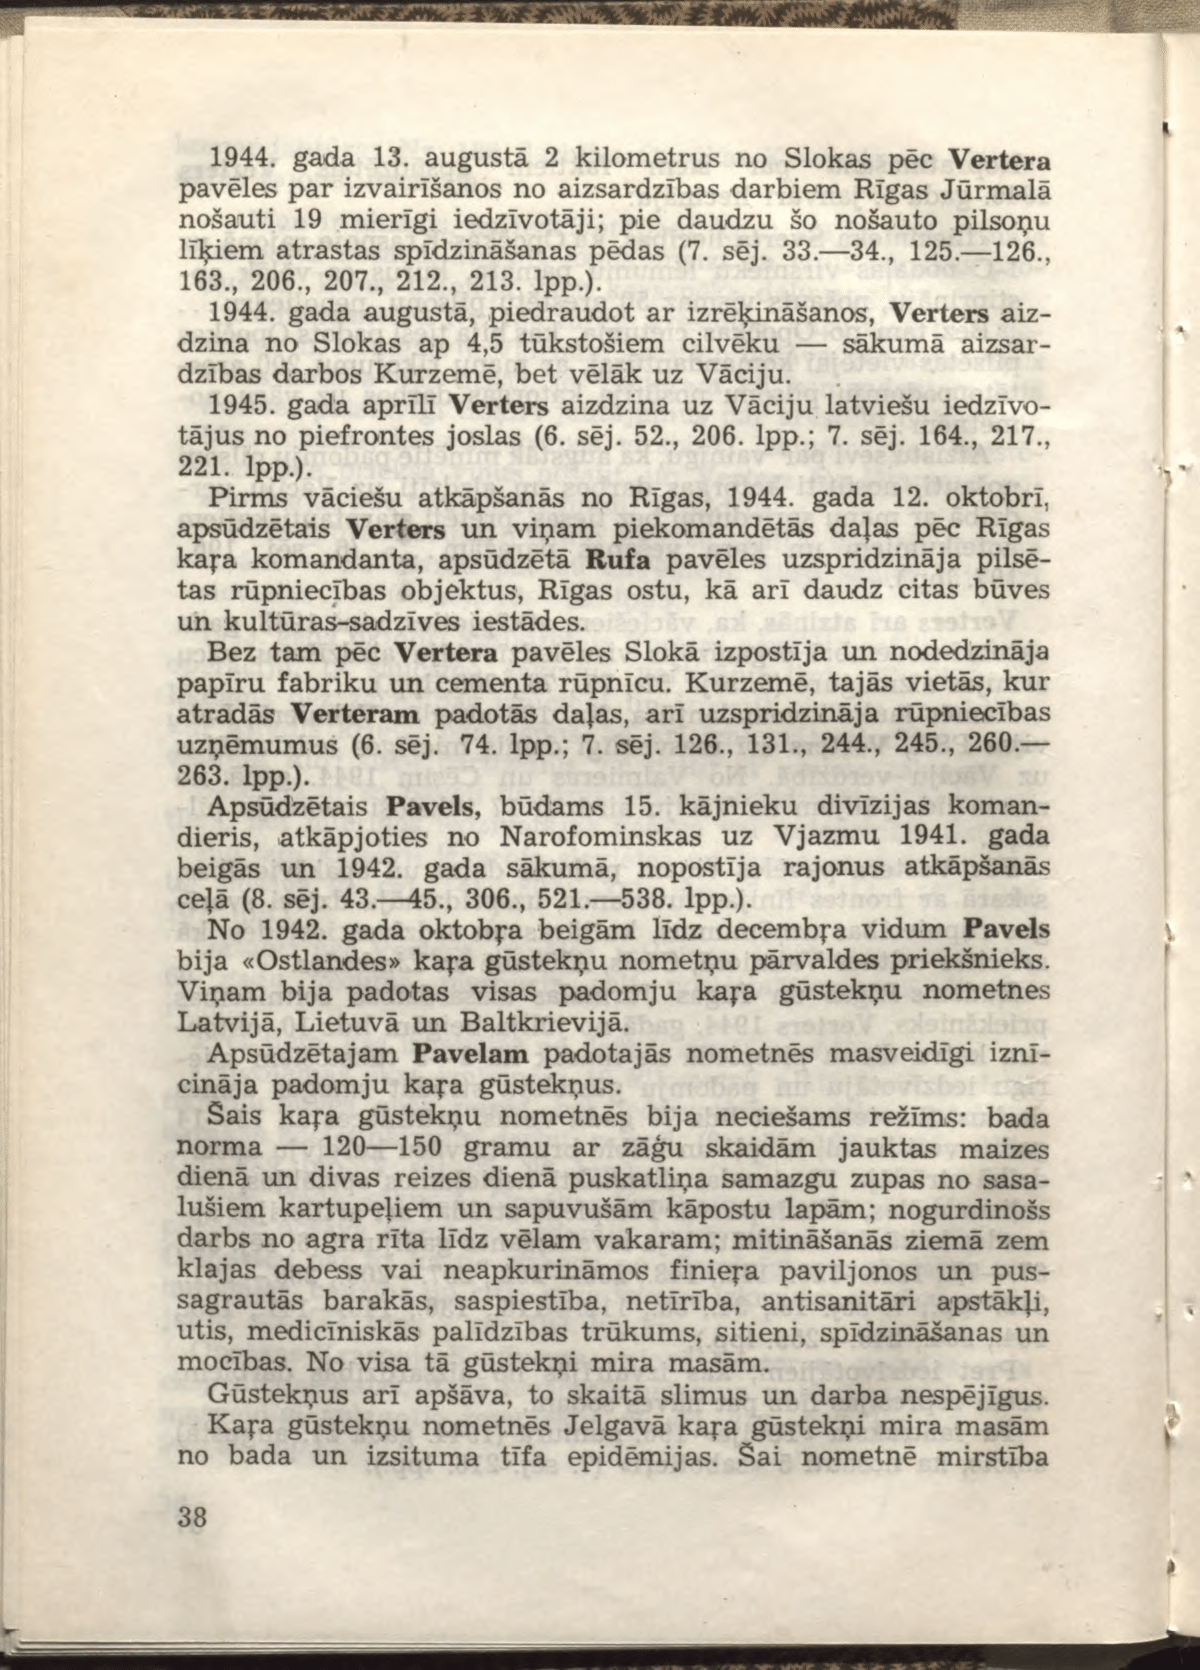
Language: lv